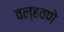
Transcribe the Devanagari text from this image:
वल्हवणे